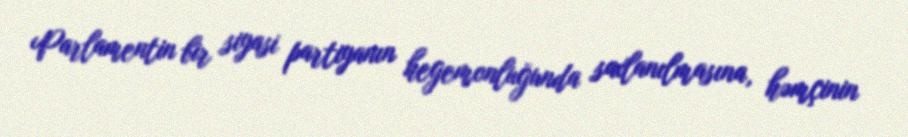
Parlamentin bir siyasi partiyanın hegemonluğunda saxlanılmasına, həmçinin